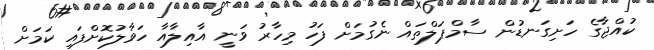
ކުއްޖާގެ ހަށިގަނޑުން ސާމްޕަލްތައް ނެގުމަށް ފަހު މިހާރު ވަނީ އާއިލާއާ ހަވާލުކޮށްފައި ކަމަށް